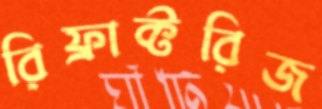
রিফ্রাক্টরিজ